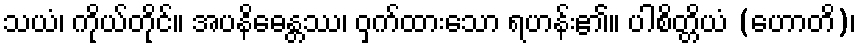
သယံ၊ ကိုယ်တိုင်။ အပနိဓေန္တဿ၊ ဝှက်ထားသော ရဟန်း၏။ ပါစိတ္တိယံ (ဟောတိ)၊